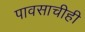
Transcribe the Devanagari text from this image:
पावसाचीही